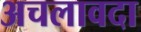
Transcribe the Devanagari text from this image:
अचलावदा